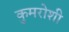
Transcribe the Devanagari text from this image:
कुमरोशी